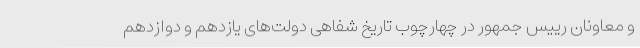
و معاونان رییس جمهور در چهارچوب تاریخ شفاهی دولت‌های یازدهم و دوازدهم